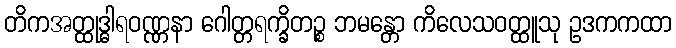
တိကအတ္ထုဒ္ဓါရဝဏ္ဏနာ ဂေါတ္တရက္ခိတဉ္စ ဘမန္တော ကိလေသဝတ္ထူသု ဥဒကကထာ